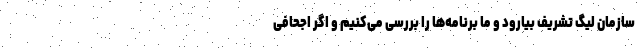
سازمان لیگ تشریف بیارود و ما برنامه‌ها را بررسی می‌کنیم و اگر اجحافی